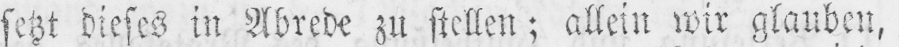
setzt dieses in Abrede zu stellen; allein wir glauben,